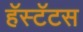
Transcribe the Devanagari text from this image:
हॅस्टॅटस